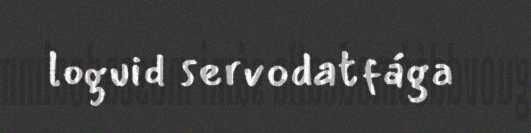
loguid servodatfága